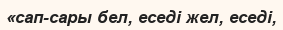
«сап-сары бел, еседі жел, еседі,